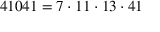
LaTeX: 4 1 0 4 1 = 7 \cdot 1 1 \cdot 1 3 \cdot 4 1